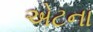
એટના